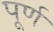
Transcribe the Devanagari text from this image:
पूर्ण